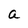
Character: a